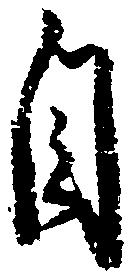
由